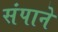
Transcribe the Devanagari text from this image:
संपाने